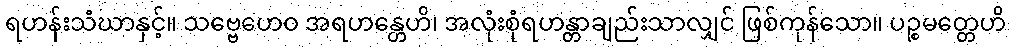
ရဟန်းသံဃာနှင့်။ သဗ္ဗေဟေဝ အရဟန္တေဟိ၊ အလုံးစုံရဟန္တာချည်းသာလျှင် ဖြစ်ကုန်သော။ ပဉ္စမတ္တေဟိ